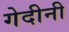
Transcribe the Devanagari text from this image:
गेदीनी